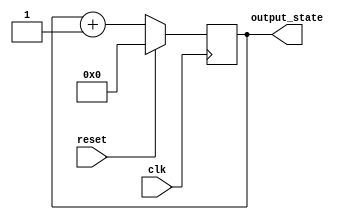
module synchronous_reset (
    input wire clk,          // Clock signal
    input wire reset,        // Synchronous reset signal
    output reg [7:0] output_state // Output state (8-bit for example)
);

// Define the initial reset value
parameter RESET_VALUE = 8'b00000000;

always @(posedge clk) begin
    if (reset) begin
        // Synchronous reset: set output_state to the reset value
        output_state <= RESET_VALUE;
    end else begin
        // Normal operation: update output_state based on defined logic
        // (Insert your state update logic here)
        // For example, incrementing the output_state
        output_state <= output_state + 1; // Example logic
    end
end

endmodule